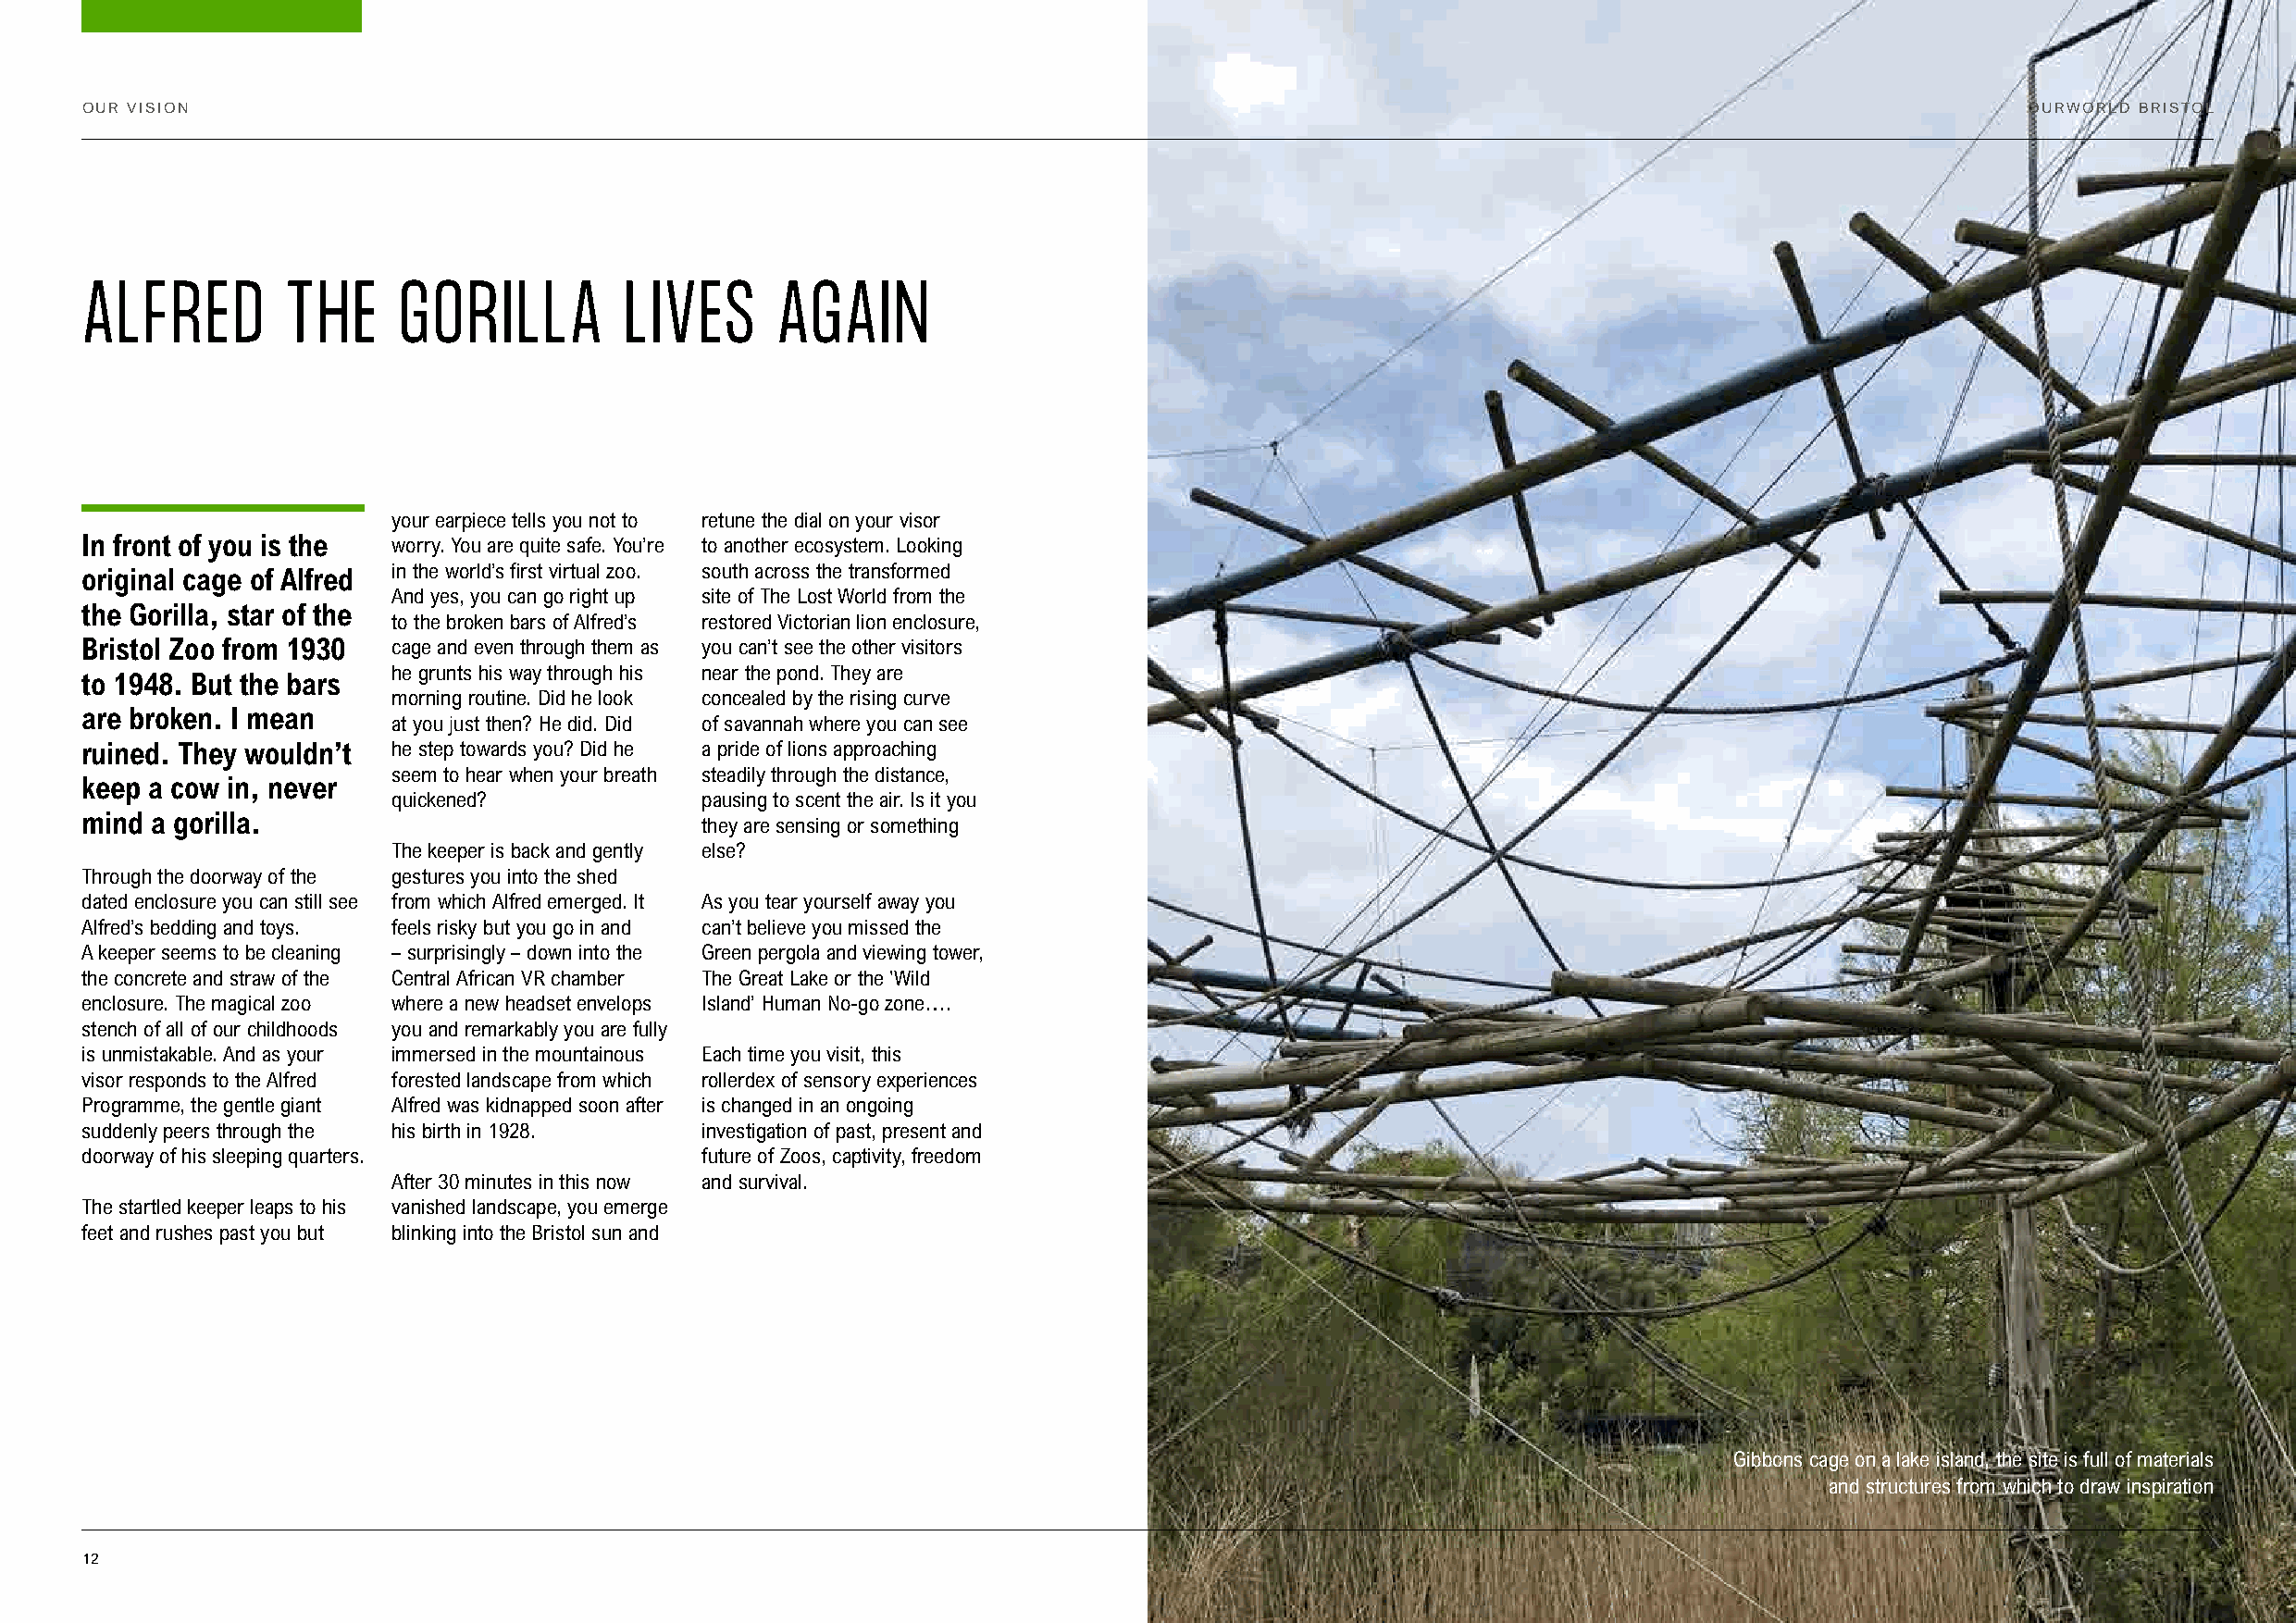
OUR VISION                                                                                                                                 OURWORLD BRISTOL
 ALFRED        THE      GORILLA         LIVES      AGAIN
 your earpiece tells you not to retune the dial on your visor
 In front of you is the worry. You are quite safe. You’re to another ecosystem. Looking
 original cage of Alfred in the world’s first virtual zoo. south across the transformed
 And yes, you can go right up site of The Lost World from the
 the Gorilla, star of the
 to the broken bars of Alfred’s restored Victorian lion enclosure,
 Bristol Zoo from 1930 cage and even through them as you can’t see the other visitors
 he grunts his way through his near the pond. They are
 to 1948. But the bars
 morning routine. Did he look concealed by the rising curve
 are broken. I mean
 at you just then? He did. Did of savannah where you can see
 ruined. They wouldn’t he step towards you? Did he a pride of lions approaching
 seem to hear when your breath steadily through the distance,
 keep a cow in, never
 quickened?            pausing to scent the air. Is it you
 mind a gorilla.
 they are sensing or something
 The keeper is back and gently else?
 Through the doorway of the gestures you into the shed
 dated enclosure you can still see from which Alfred emerged. It As you tear yourself away you
 Alfred’s bedding and toys. feels risky but you go in and can’t believe you missed the
 A keeper seems to be cleaning – surprisingly – down into the Green pergola and viewing tower,
 the concrete and straw of the Central African VR chamber The Great Lake or the 'Wild
 enclosure. The magical zoo where a new headset envelops Island’ Human No-go zone….
 stench of all of our childhoods you and remarkably you are fully
 is unmistakable. And as your immersed in the mountainous Each time you visit, this
 visor responds to the Alfred forested landscape from which rollerdex of sensory experiences
 Programme, the gentle giant Alfred was kidnapped soon after is changed in an ongoing
 suddenly peers through the his birth in 1928. investigation of past, present and
 doorway of his sleeping quarters.           future of Zoos, captivity, freedom
 After 30 minutes in this now and survival.
 The startled keeper leaps to his vanished landscape, you emerge
 feet and rushes past you but blinking into the Bristol sun and
 Gibbons cage on a lake island, the site is full of materials
 and structures from which to draw inspiration
 12